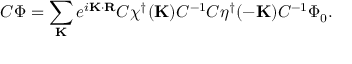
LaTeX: C \Phi = \sum _ { \bf K } e ^ { i { \bf K \cdot R } } C \chi ^ { \dagger } ( { \bf K } ) C ^ { - 1 } C \eta ^ { \dagger } ( { \bf - K } ) C ^ { - 1 } \Phi _ { 0 } .